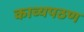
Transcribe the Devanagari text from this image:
काव्यपठण